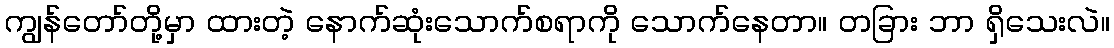
ကျွန်တော်တို့မှာ ထားတဲ့ နောက်ဆုံးသောက်စရာကို သောက်နေတာ။ တခြား ဘာ ရှိသေးလဲ။